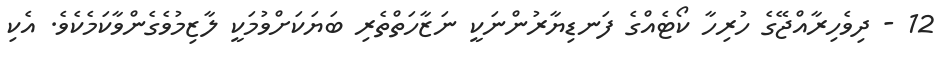
12 - ދިވެހިރާއްޖޭގެ ހުރިހާ ކޯޓެއްގެ ފަނޑިޔާރުންނަކީ ނަޒާހަތްތެރި ބަޔަކަށްވުމަކީ ލާޒިމުވެގެންވާކަމެކެވެ. އެކި